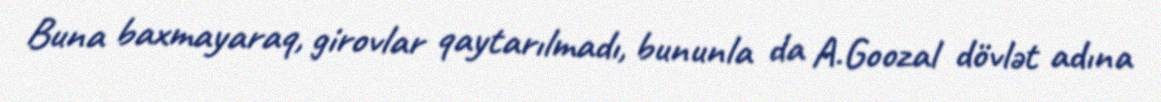
Buna baxmayaraq, girovlar qaytarılmadı, bununla da A.Goozal dövlət adına